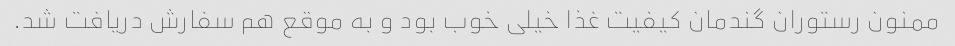
ممنون رستوران گندمان کیفیت غذا خیلی خوب بود و به موقع هم سفارش دریافت شد.